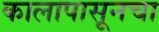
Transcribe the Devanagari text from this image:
कालापासूनचा